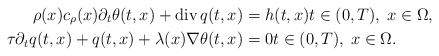
\begin{align*} \rho(x) c_{\rho}(x) \partial_{t} \theta(t, x) + \mathrm{div}\, q(t, x) &= h(t, x) t \in (0, T), \; x \in \Omega, \\ \tau \partial_{t} q(t, x) + q(t, x) + \lambda(x) \nabla \theta(t, x) &= 0 t \in (0, T), \; x \in \Omega. \end{align*}